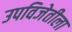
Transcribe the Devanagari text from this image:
उपविजेतीला